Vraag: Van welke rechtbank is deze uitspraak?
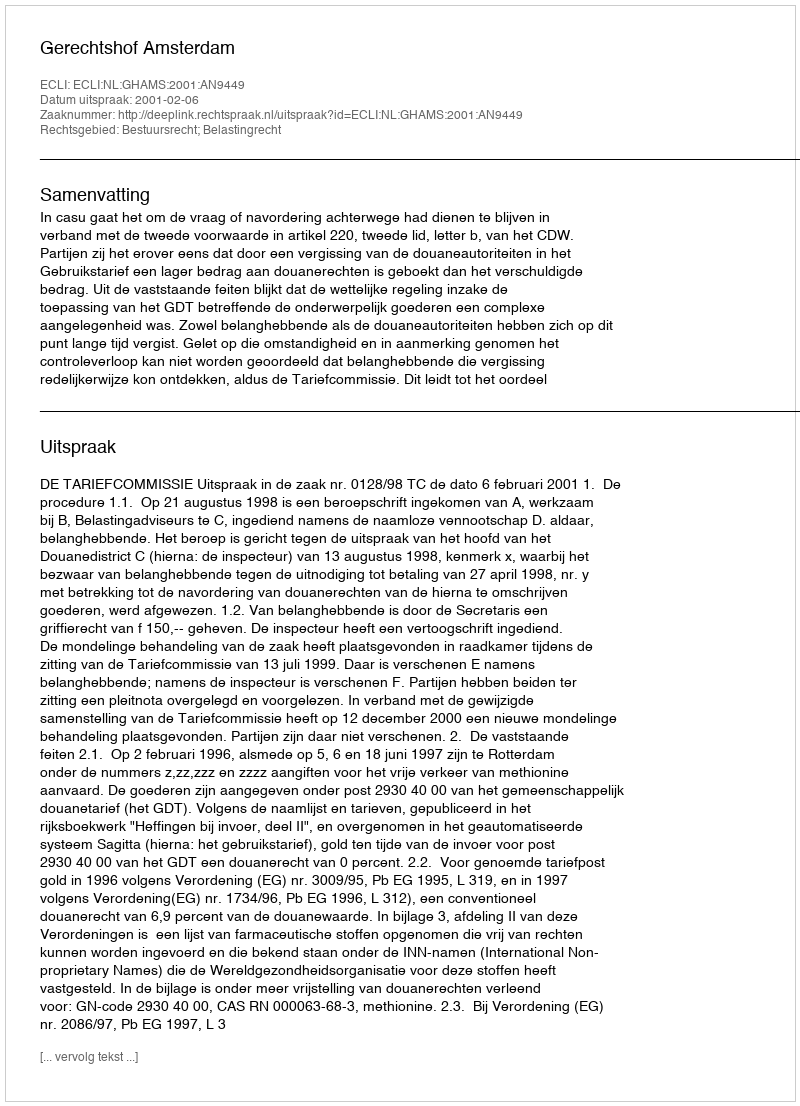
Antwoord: Gerechtshof Amsterdam